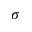
\sigma